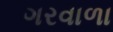
ગરવાળા